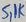
Text: 5,1K